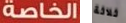
الخاصة ثلاثة